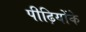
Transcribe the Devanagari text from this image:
पीढ़ियोंके